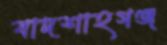
বাদশাহগঞ্জ